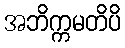
အဘိက္ကမတိပိ